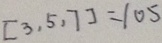
[ 3 , 5 , 7 ] = 1 0 5